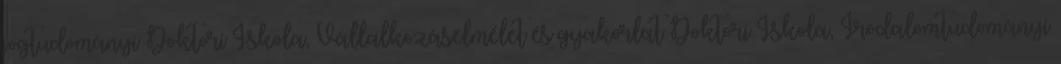
jogtudományi Doktori Iskola, Vállalkozáselmélet és gyakorlat Doktori Iskola, Irodalomtudományi